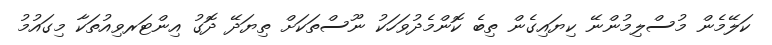
ކަލޭމެން މުސްލިމުންނޭ ކިޔައިގެން ތިބެ ކޮންމެދުވަހަކު ނޫސްތަކަށް ތިޔަދޭ ދޮގު އިންޓަރވިއުތަކާ މިގައުމު